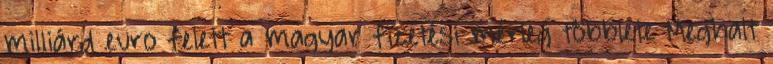
milliárd euro felett a magyar fizetési mérleg többlete Meghalt